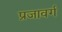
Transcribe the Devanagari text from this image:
प्रजावर्ग